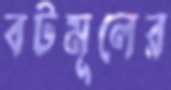
বটমূলের